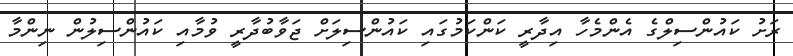
ރަށު ކައުންސިލްގެ އެންމެހާ އިދާރީ ކަންކަމުގައި ކައުންސިލަށް ޖަވާބުދާރީ ވުމާއި ކައުންސިލުން ނިންމާ